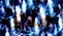
سأتأخر